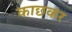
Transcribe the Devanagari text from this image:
काछकर